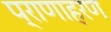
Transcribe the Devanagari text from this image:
प्राणाहरण